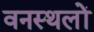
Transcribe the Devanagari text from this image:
वनस्थलों